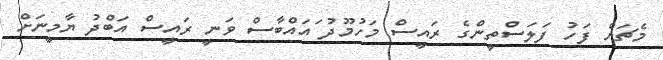
މެޗަށް ފަހު ފަލަސްތީންގެ ރައީސް މަހުމޫދު ައައްބާސް ވަނީ ރައީސް އަބްދު ޔާމީނަށް